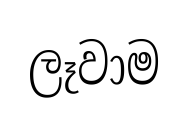
ලෑවාම